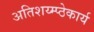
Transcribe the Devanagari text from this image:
अतिशय्म्प्ठेकार्य